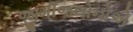
જીમીજલોનોએ